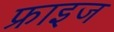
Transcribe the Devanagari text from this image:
फ्राइज